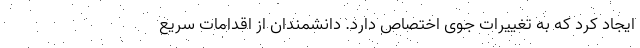
ایجاد کرد که به تغییرات جوی اختصاص دارد. دانشمندان از اقدامات سریع